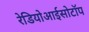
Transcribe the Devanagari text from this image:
रेडियोआईसोटॉप